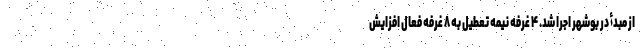
از مبدأ در بوشهر اجرا شد. ۴ غرفه نیمه تعطیل به ۸ غرفه فعال افزایش